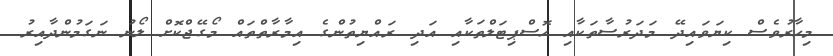
މިހާރުވެސް ކިޔަވައިދޭ މަދަރުސާތަކާއި ހޮސްޕިޓަލްތަކާއި އަދި ރައްޔިތުންގެ އިމާރާތްތައް މޯގޭޖްކޮށް ލޯނު ނަގަމުންދާއިރު